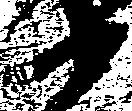
衛